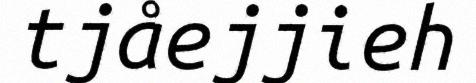
tjåejjieh